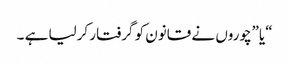
“یا”چوروں نے قانون کو گرفتار کرلیا ہے ۔